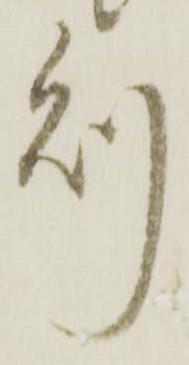
則